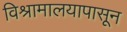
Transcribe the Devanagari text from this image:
विश्रामालयापासून